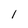
Character: 1